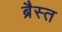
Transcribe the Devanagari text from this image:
ब्रैस्त